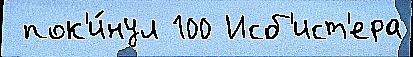
 пок'и́нул 100 Исб'ист'ера